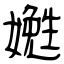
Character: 嬔